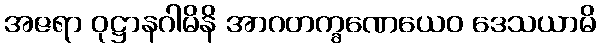
အဇရာ ဝုဋ္ဌာနဂါမိနိ အာဂတက္ခဏေယေဝ ဒေသယာမိ